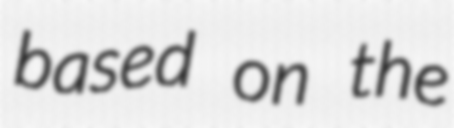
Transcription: based on the